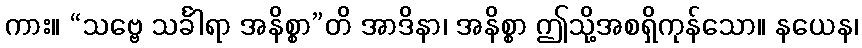
ကား။ “သဗ္ဗေ သင်္ခါရာ အနိစ္စာ”တိ အာဒိနာ၊ အနိစ္စာ ဤသို့အစရှိကုန်သော။ နယေန၊